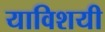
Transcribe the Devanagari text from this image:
याविशयी